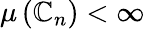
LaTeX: \mu\left(\mathbb{C}_{n}\right)<\infty